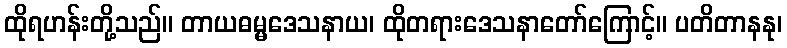
ထိုရဟန်းတို့သည်။ တာယဓမ္မဒေသနာယ၊ ထိုတရားဒေသနာတော်ကြောင့်။ ပတိတာနနု၊